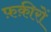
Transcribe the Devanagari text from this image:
फ़क़ीरों